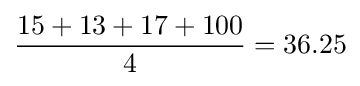
{\frac {15+13+17+100}{4}}=36.25